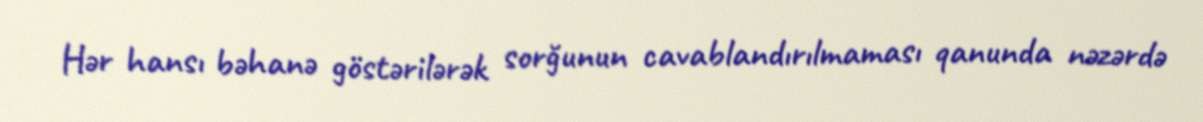
Hər hansı bəhanə göstərilərək sorğunun cavablandırılmaması qanunda nəzərdə